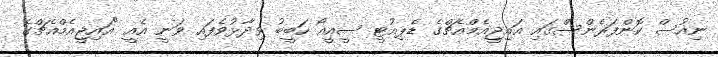
ނިއުސް ކޮންފަރެންސްގައި އައިޖީއެމްއެޗްގެ ޑެޕިއުޓީ ސީއީއޯ ހަބީބު ވިދާޅުވެފައި ވަނީ އެއީ "އައިޖީއެމްއެޗްގެ